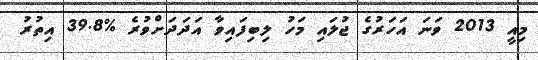
މިއީ 2013 ވަނަ އަހަރުގެ ޖުލައި މަހު ލިބިފައިވާ އަދަދަށްވުރެ %39.8 އިތުރު